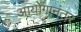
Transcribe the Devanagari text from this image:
आयोगानंतर